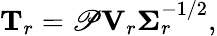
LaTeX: \mathbf{T}_{r}=\mathscr{P}\mathbf{V}_{r}\boldsymbol{\Sigma}_{r}^{-1/2},